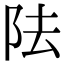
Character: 阹